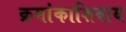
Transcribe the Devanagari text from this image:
क्रमांकाशिवाय